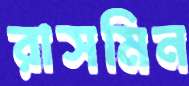
রাসমিন